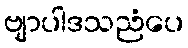
ဗျာပါဒသညံပေ